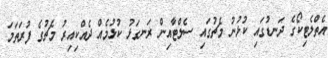
އެތްލެޓިކޯގެ ދަނޑުގައި ކުޅުނު މެޗުގައި ސެލްޓާއިން ރަނގަޅު ކުޅުމެއް ދެއްކިއިރު މެޗުގެ ފުރަތަމަ